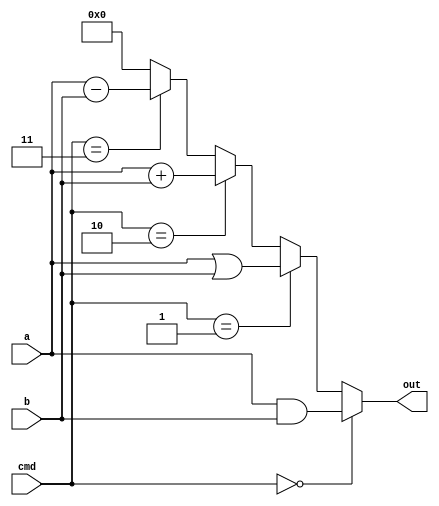
module ALU(
    input [1:0] cmd,
    input [3:0] a,
    input [3:0] b,
    output [3:0] out
);



// add .
wire [3:0] RES_ADD; 
wire C_OUT;
wire B_OUT;



// and .
wire [3:0] RES_AND; 
// or .
wire [3:0] RES_OR;
// sub .
wire [3:0] RES_SUB; 



// C_OUT  RESADD  a+b .
assign {C_OUT, RES_ADD} = a+b;
// RESAND a and b .
assign RES_AND = a&b;

assign RES_OR = a|b;

assign {B_OUT, RES_SUB} = a-b;



//  : (out) = () ? () : ();
assign out = 
    (cmd == 2'b00) ? RES_AND : 
    (cmd == 2'b01) ? RES_OR : 
    (cmd == 2'b10) ? RES_ADD :
    (cmd == 2'b11) ? RES_SUB : 4'b0000;

endmodule